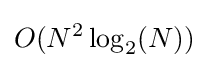
O(N^{2}\log _{2}(N))